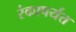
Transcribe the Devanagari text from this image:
रंकापर्यंत